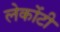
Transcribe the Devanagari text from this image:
लेकोंटी